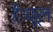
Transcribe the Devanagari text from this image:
है।फूल